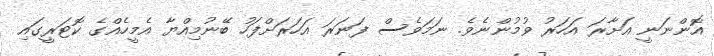
އޮންނަނީ އަށާރަ އަހަރު ވުމުންނެވެ. ނަމަވެސް ފަނަރަ އަަހަރަށްފަހު ބޭނުމިއްޔާ އެމީހެއްގެ ކޮޓަރީގައި